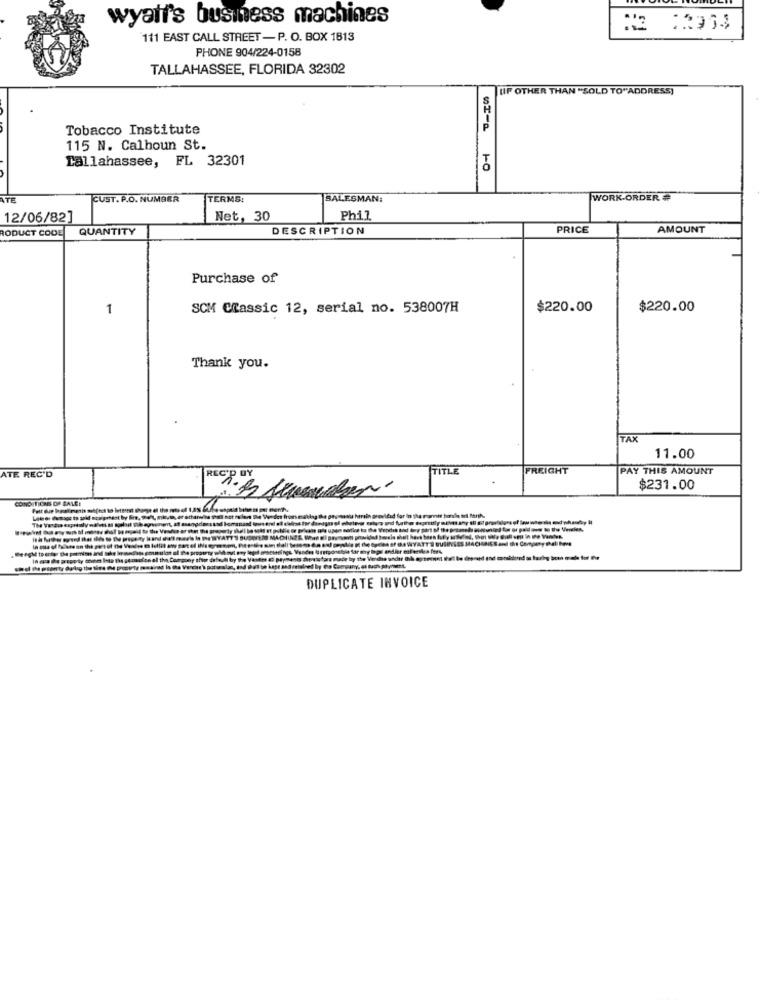
wyatt's business machines
111 EAST CALL STREET - P. O. BOX 1813
PHONE 904/224-0158
TALLAHASSEE, FLORIDA 32302
UF OTHER THAN "SOLD TO"ADDRESS)
Tobacco Institute
P
115 N. Calhoun St.
Tallahassee, FL 32301
ATE
CUST. P.O. NUMBER
TERMS:
BALESMAN:
WORK ORDER #
12/06/82]
Net, 30
Phil
RODUCT CODE QUANTITY
DESCRIPTION
PRICE
AMOUNT
Purchase of
1
SCM Classic 12, serial no. 538007H
$220.00
$220.00
Thank you.
TAX
11.00
TITLE
REICHT
PAY THIS AMOUNT
ATE REC'D
$231.00
COND TIONS OF SALEE
1.8%
DUPLICATE INVOICE